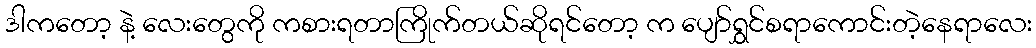
ဒါကတော့ နဲ့ လေးတွေကို ကစားရတာကြိုက်တယ်ဆိုရင်တော့ က ပျော်ရွှင်စရာကောင်းတဲ့နေရာလေး